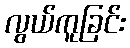
လွယ်ကူခြင်း